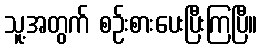
သူ့အတွက် စဉ်းစားပေးပြီးကြပြီ။